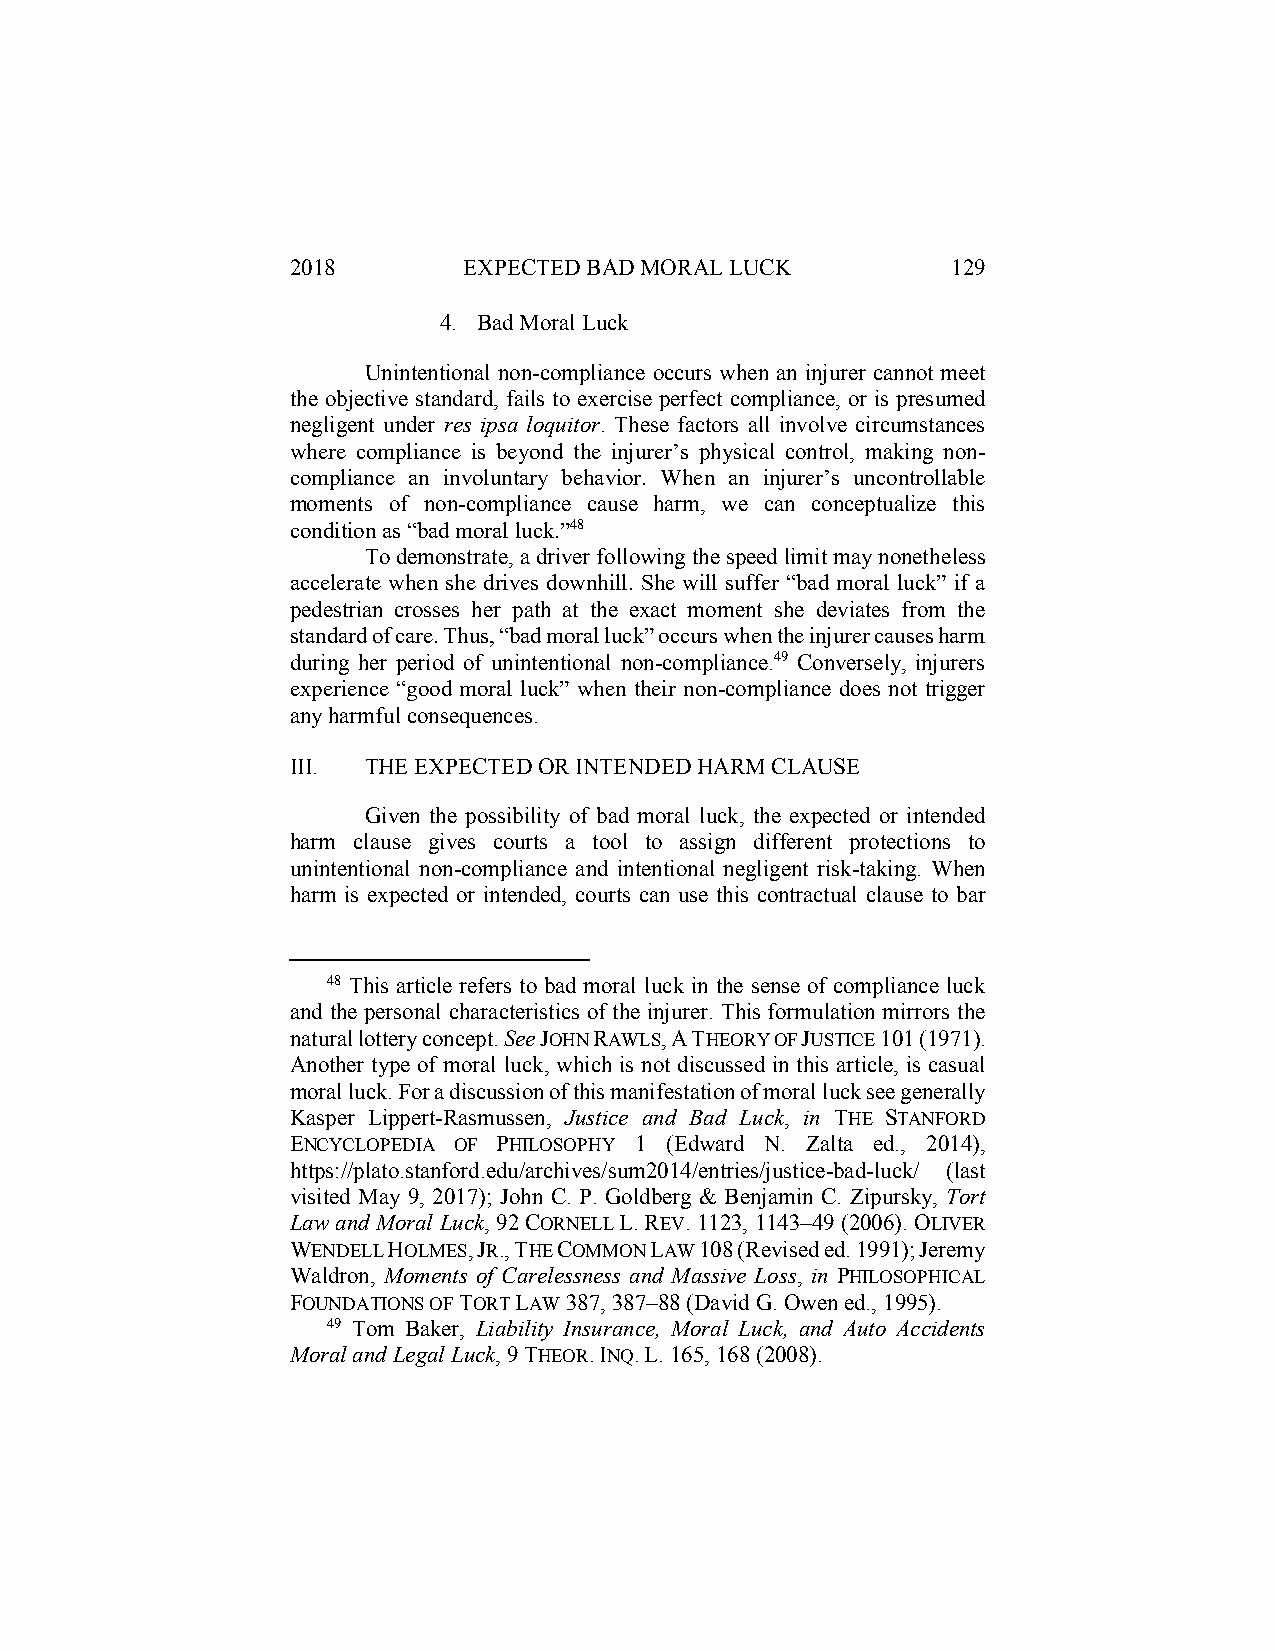
2018        EXPECTED BAD MORAL LUCK         129
 4. Bad Moral Luck
 Unintentional non-compliance occurs when an injurer cannot meet
 the objective standard, fails to exercise perfect compliance, or is presumed
 negligent under res ipsa loquitor. These factors all involve circumstances
 where compliance is beyond the injurer’s physical control, making non-
 compliance an involuntary behavior. When an injurer’s uncontrollable
 moments of non-compliance cause harm, we can conceptualize this
 condition as “bad moral luck.”48
 To demonstrate, a driver following the speed limit may nonetheless
 accelerate when she drives downhill. She will suffer “bad moral luck” if a
 pedestrian crosses her path at the exact moment she deviates from the
 standard of care. Thus, “bad moral luck” occurs when the injurer causes harm
 during her period of unintentional non-compliance.49 Conversely, injurers
 experience “good moral luck” when their non-compliance does not trigger
 any harmful consequences.
 III. THE EXPECTED OR INTENDED HARM CLAUSE
 Given the possibility of bad moral luck, the expected or intended
 harm clause gives courts a tool to assign different protections to
 unintentional non-compliance and intentional negligent risk-taking. When
 harm is expected or intended, courts can use this contractual clause to bar
 48 This article refers to bad moral luck in the sense of compliance luck
 and the personal characteristics of the injurer. This formulation mirrors the
 natural lottery concept. See JOHN RAWLS, A THEORY OF JUSTICE 101 (1971).
 Another type of moral luck, which is not discussed in this article, is casual
 moral luck. For a discussion of this manifestation of moral luck see generally
 Kasper Lippert-Rasmussen, Justice and Bad Luck, in THE STANFORD
 ENCYCLOPEDIA OF PHILOSOPHY 1 (Edward N. Zalta ed., 2014),
 https://plato.stanford.edu/archives/sum2014/entries/justice-bad-luck/ (last
 visited May 9, 2017); John C. P. Goldberg & Benjamin C. Zipursky, Tort
 Law and Moral Luck, 92 CORNELL L. REV. 1123, 1143–49 (2006). OLIVER
 WENDELL HOLMES, JR., THE COMMON LAW 108 (Revised ed. 1991); Jeremy
 Waldron, Moments of Carelessness and Massive Loss, in PHILOSOPHICAL
 FOUNDATIONS OF TORT LAW 387, 387–88 (David G. Owen ed., 1995).
 49 Tom Baker, Liability Insurance, Moral Luck, and Auto Accidents
 Moral and Legal Luck, 9 THEOR. INQ. L. 165, 168 (2008).